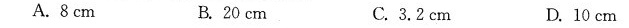
A.8cm B.20cm C.3.2cm D.10cm